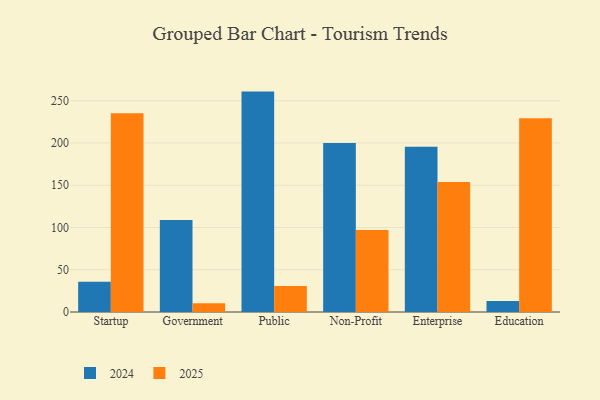
{"axis": {"x": "Segment", "y": "Customer Acquisition Cost (USD)"}, "legend": ["2024", "2025"], "data": [{"x": "Startup", "y": 35.9, "type": "2024"}, {"x": "Startup", "y": 235.1, "type": "2025"}, {"x": "Government", "y": 108.9, "type": "2024"}, {"x": "Government", "y": 10.4, "type": "2025"}, {"x": "Public", "y": 260.8, "type": "2024"}, {"x": "Public", "y": 30.7, "type": "2025"}, {"x": "Non-Profit", "y": 199.9, "type": "2024"}, {"x": "Non-Profit", "y": 96.9, "type": "2025"}, {"x": "Enterprise", "y": 195.6, "type": "2024"}, {"x": "Enterprise", "y": 153.9, "type": "2025"}, {"x": "Education", "y": 13.1, "type": "2024"}, {"x": "Education", "y": 229.4, "type": "2025"}]}